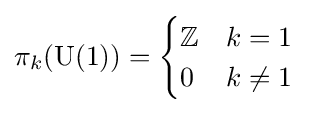
\pi _{k}(\mathrm {U} (1))={\begin{cases}\mathbb {Z} &k=1\\0&k\neq 1\end{cases}}